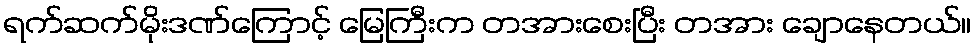
ရက်ဆက်မိုးဒဏ်ကြောင့် မြေကြီးက တအားစေးပြီး တအား ချောနေတယ်။